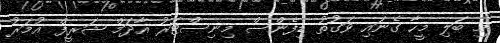
މި ބަލި މީހާ ގެނައި ވަގުތު ޑިފެންސް މިނިސްޓަރު އާދަމް ޝަރީފް އުމަރު